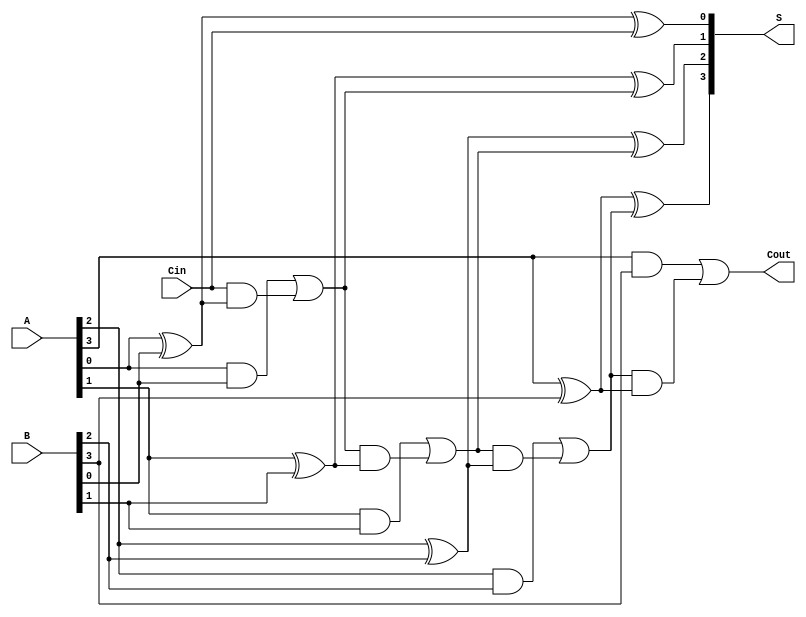
module HanCarlsonAdder #(parameter n = 4) (
    input  wire [n-1:0] A,      // First n-bit input
    input  wire [n-1:0] B,      // Second n-bit input
    input  wire Cin,             // Carry-in
    output wire [n-1:0] S,       // Sum output
    output wire Cout             // Carry-out
);

    wire [n:0] C; // Carry array, C[0] is Cin, C[n] is Cout

    // Generate carry signals
    assign C[0] = Cin; // Carry-in to first stage

    genvar i;
    generate
        for (i = 0; i < n; i = i + 1) begin : adder_logic
            // Sum calculation
            assign S[i] = A[i] ^ B[i] ^ C[i]; // Sum bit calculation

            // Carry generation
            assign C[i+1] = (A[i] & B[i]) | (C[i] & (A[i] ^ B[i])); // Carry bit calculation
        end
    endgenerate

    assign Cout = C[n]; // Final carry-out

endmodule